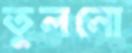
তুলনো